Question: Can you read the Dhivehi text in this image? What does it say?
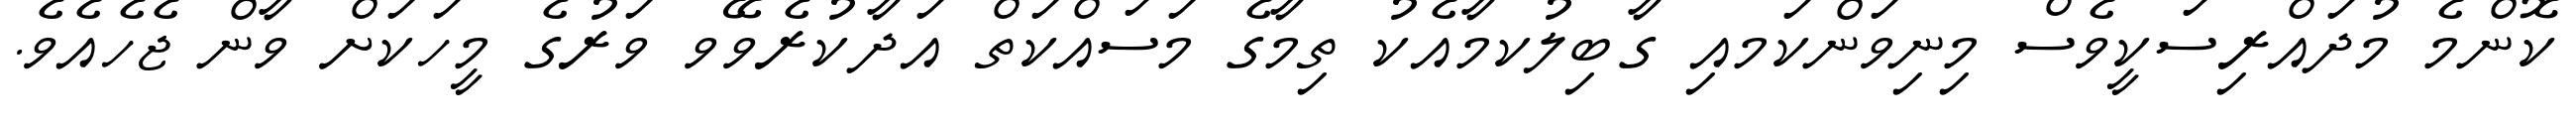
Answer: ކޮންމެ މުދައްރިސަކީވެސް މިނިވަންކަމއި ގާބިލުކމާއެކު ތިމާގެ މަސައްކަތް އަދާކުރެވޭވ ވަރުގެ މީހަކަށް ވާން ޖެހެއެވެ.